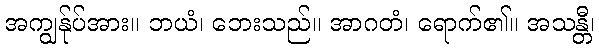
အကျွန်ုပ်အား။ ဘယံ၊ ဘေးသည်။ အာဂတံ၊ ရောက်၏။ အသန္တီ၊